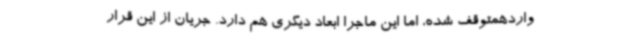
واردهمتوقف شده، اما این ماجرا ابعاد دیگری هم دارد. جریان از این قرار